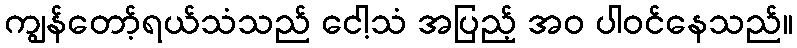
ကျွန်တော့်ရယ်သံသည် ငေါ့သံ အပြည့် အဝ ပါဝင်နေသည်။